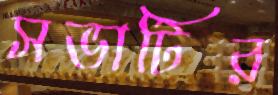
সভাটির